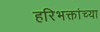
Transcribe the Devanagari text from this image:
हरिभक्तांच्या